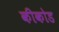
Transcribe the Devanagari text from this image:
कीकोड